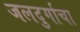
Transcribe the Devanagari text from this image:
जलदुर्गाचा